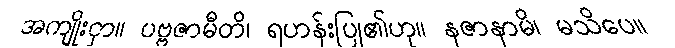
အကျိုးငှာ။ ပဗ္ဗဇာမီတိ၊ ရဟန်းပြု၏ဟု။ နဇာနာမိ၊ မသိပေ။